Report on sanitation, dispensaries, and jails in Rajputana for 1921, and on vaccination for the year 1921-1922 - 1921-1922
Year: 1921
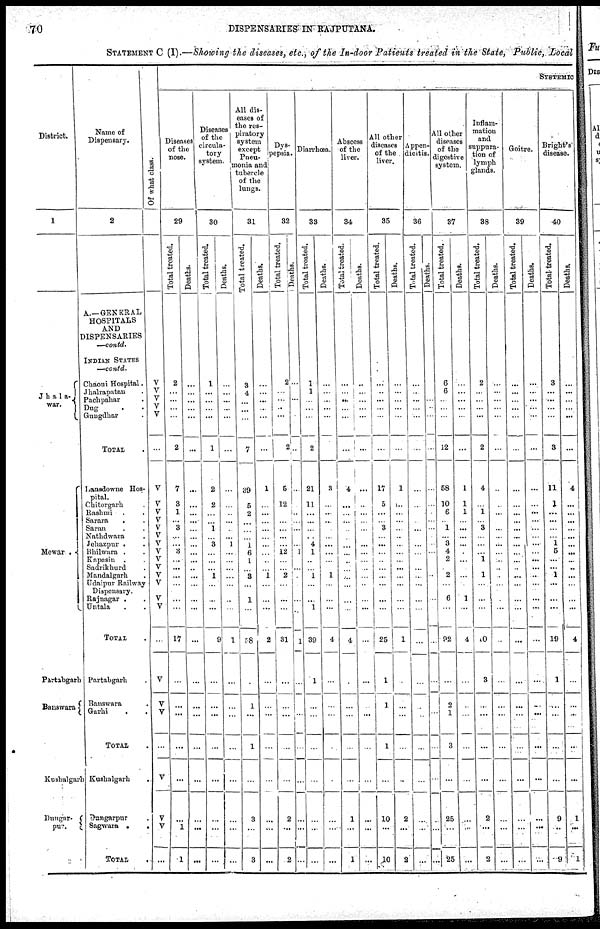
70
DISPENSARIES IN RAJPUTANA.
STATEMENT C (I).—Showing the diseases, etc., of the In-door Patients treated in the State, Public, Local
District.
1
Jhala¬
war.
Mewar .
Partabgarh
Banswara
Kushalgarh
Dungar¬
Name of
Dispensary.
2
A.—GENERAL
HOSPITALS
AND
DISPENSARIES
—contd.
INDIAN STATES
—contd.
Chaoni Hospital.
Jhalrapatan .
Pachpahar .
Dug . .
Gungdhar .
TOTAL .
Lansdowne Hos-
pital.
Chitorgarh .
Rashmi . .
Sarara . .
Saran . .
Nathdwara .
Jehazpur . .
Bhilwara . .
Kapasin . .
Sadrikhurd .
Mandalgarh .
Udaipur Railway
Dispensary.
Rajnagar . .
Untala. .
TOTAL .
Partabgarh .
Banswara
Garhi . .
TOTAL .
Kushalgarh
.
Dungarpur .
Sagwara .
.
TOTAL
.
Of what class.
V
V
V
V
V
...
V
V
V
V
V
V
V
V
V
V
V
V
V
V
...
V
V
V
...
V
V
V
...
SYSTEMIC
Diseases
of the
nose.
29
Total treated.
2
...
...
...
...
2
7
3
1
...
3
...
...
3
...
...
...
...
...
...
17
...
...
...
...
...
...
1
1
Deaths.
...
...
...
...
...
...
...
...
...
...
...
...
...
...
...
...
...
...
...
...
...
...
...
...
...
...
...
...
...
Diseases
of the
circula-
tory
system.
30
Total treated.
1
...
...
...
...
1
2
2
...
...
1
...
3
...
...
...
1
...
...
...
9
...
...
...
...
...
...
...
...
Deaths.
...
...
...
...
...
...
...
...
...
...
...
...
1
...
...
...
...
...
...
...
1
...
...
...
...
...
...
...
...
All dis-
eases of
the res-
piratory
system
except
Pneu-
monia and
tubercle
of the
lungs.
31
Total treated.
3
4
...
...
...
7
39
5
2
...
...
...
1
6
1
...
3
...
1
...
58
...
...
...
1
...
3
...
3
Deaths.
...
...
...
...
...
...
1
...
...
...
...
...
...
...
...
... 1
...
...
...
2
...
...
...
...
...
...
...
...
Dys-
pepsia.
32
Total treated.
2
...
...
...
...
2
5
12
...
...
...
...
...
12
...
... 2
...
...
...
31
...
...
...
...
...
2
...
2
Deaths.
...
...
...
...
...
...
...
...
...
...
...
...
...
1
...
...
...
...
...
...
1
...
...
...
...
...
...
...
...
Diarrhœa.
33
Total treated.
1
1
...
...
...
2
21
11
...
...
...
...
4
1
...
...
1
...
...
1
39
1
...
...
...
...
...
...
...
Deaths.
...
...
...
...
...
...
3
...
...
...
...
...
...
...
...
... 1
...
...
...
4
...
...
...
...
...
...
...
...
Abscess
of the
liver.
34
Total treated.
...
...
...
...
...
...
4
...
...
...
...
...
...
...
...
...
...
...
...
...
4
...
...
...
...
...
1
...
1
Deaths.
...
...
...
...
...
...
...
...
...
...
...
...
...
...
...
...
...
...
...
...
...
...
...
...
...
...
...
...
...
All other
diseases
of the
liver.
35
Total treated.
...
...
...
...
...
...
17
5
...
...
3
...
...
...
...
...
...
...
...
...
25
1
1
...
1
...
10
...
10
Deaths.
...
...
...
...
...
...
1
...
...
...
...
...
...
...
...
...
...
...
...
...
1
...
...
...
...
...
2
...
2
Appen-
dicitis.
36
Total treated.
...
...
...
...
...
...
...
...
...
...
...
...
...
....
...
...
...
...
...
...
...
...
...
...
...
...
...
...
...
Deaths.
...
...
...
...
...
...
...
...
...
...
...
...
...
...
...
...
...
...
...
...
...
...
...
...
...
...
...
...
...
All other
diseases
of the
digestive
system.
37
Total treated.
6
6
...
...
...
12
58
10
6
...
1
...
3
4
2
... 2
...
6
...
92
...
2
1
3
...
25
...
25
Deaths.
...
...
...
...
...
...
1
1
1
...
...
...
...
...
...
...
...
...
1
...
4
...
...
...
...
...
...
...
...
Inflam-
mation
and
suppura-
tion of
lymph
glands.
38
Total treated.
2
...
...
...
...
2
4
...
1
...
3
...
...
...
1
...
1
...
...
...
10
3
...
...
...
...
2
...
2
Deaths.
...
...
...
...
...
...
...
...
...
...
...
...
...
...
...
...
...
...
...
...
...
...
...
...
...
...
...
...
Goitre.
39
Total treated.
...
...
...
...
...
...
...
...
...
...
...
...
...
...
...
...
...
...
...
...
...
...
...
...
...
...
...
...
...
Deaths.
...
...
...
...
...
...
...
...
...
...
...
...
...
...
...
...
...
...
...
...
...
...
...
...
...
...
...
...
...
Bright's
disease.
40
Total treated.
3
...
...
...
...
3
11
1
...
...
...
...
1
5
...
...
1
...
...
...
19
1
...
...
...
...
9
...
9
Deaths.
...
...
...
...
...
...
4
...
...
...
...
...
...
...
...
...
...
...
...
...
4
...
...
...
...
1
...
1